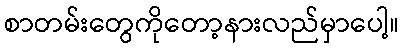
စာတမ်းတွေကိုတော့နားလည်မှာပေါ့။